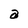
Character: a